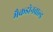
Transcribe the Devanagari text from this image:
मैकडोनवाल्ड